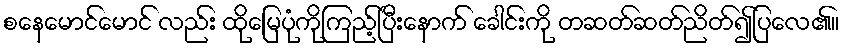
စနေမောင်မောင် လည်း ထိုမြေပုံကိုကြည့်ပြီးနောက် ခေါင်းကို တဆတ်ဆတ်ညိတ်၍ပြလေ၏။